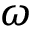
\omega